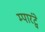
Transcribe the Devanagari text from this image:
म्पारंट्वे